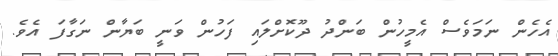
އެހެން ނަމަވެސް އެމީހުން ބަންދު ދޫކޮށްލައި ފަހުން ވަނީ ބަޔާން ނަގާފަ އެވެ.